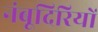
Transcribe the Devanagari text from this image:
नंबूदिरियों